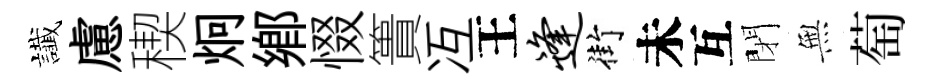
䜟慮稧炯鄕惙簣冱王逢街未互閉𭴾萄